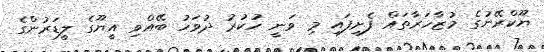
ޔޫކްރޭނުގެ މުޒާހަރާތައް ފެށިފައި މި ވަނީ ހުކުރު ދުވަހު ބޭއްވި އީޔޫގެ ލީޑަރުންގެ